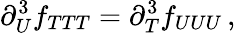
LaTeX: \partial_{U}^{3}f_{TTT}=\partial_{T}^{3}f_{UUU}\, ,